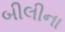
બીલીના